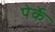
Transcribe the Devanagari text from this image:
पेर्के